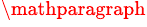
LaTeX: ^\mathparagraph